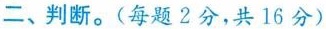
二、判断。(每题2分，共16分)